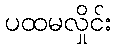
ပထမလှိုင်း